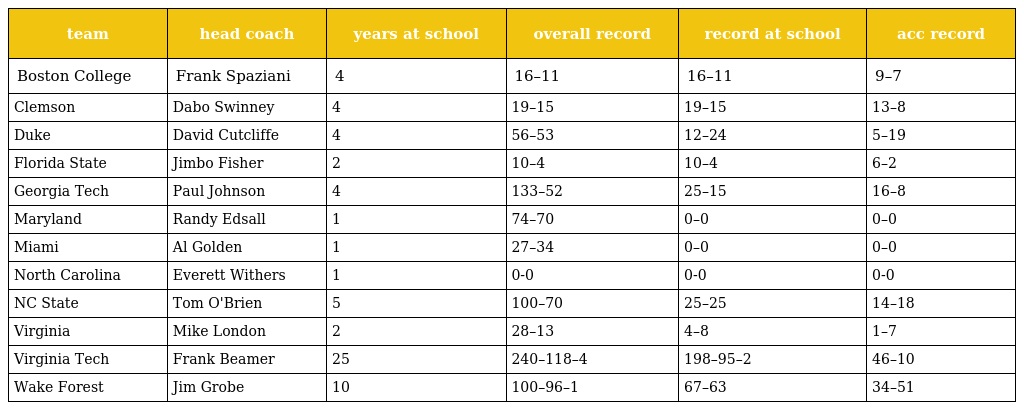
| team | head coach | years at school | overall record | record at school | acc record |
 | --- | --- | --- | --- | --- | --- |
 | Boston College | Frank Spaziani | 4 | 16–11 | 16–11 | 9–7 |
 | Clemson | Dabo Swinney | 4 | 19–15 | 19–15 | 13–8 |
 | Duke | David Cutcliffe | 4 | 56–53 | 12–24 | 5–19 |
 | Florida State | Jimbo Fisher | 2 | 10–4 | 10–4 | 6–2 |
 | Georgia Tech | Paul Johnson | 4 | 133–52 | 25–15 | 16–8 |
 | Maryland | Randy Edsall | 1 | 74–70 | 0–0 | 0–0 |
 | Miami | Al Golden | 1 | 27–34 | 0–0 | 0–0 |
 | North Carolina | Everett Withers | 1 | 0-0 | 0-0 | 0-0 |
 | NC State | Tom O'Brien | 5 | 100–70 | 25–25 | 14–18 |
 | Virginia | Mike London | 2 | 28–13 | 4–8 | 1–7 |
 | Virginia Tech | Frank Beamer | 25 | 240–118–4 | 198–95–2 | 46–10 |
 | Wake Forest | Jim Grobe | 10 | 100–96–1 | 67–63 | 34–51 |